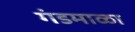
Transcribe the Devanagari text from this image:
गंडमाळा